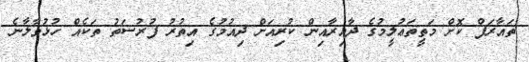
ތައާރަފް ކޮށް މަތީތަޢުލީމުގެ ދާއިރާއިން ކުރިއަށް ދިއުމުގެ އިތުރު ފުރުސަތު ތަކެއް ހުޅުވާލާނެ